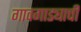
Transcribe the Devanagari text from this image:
गावगाड्याची